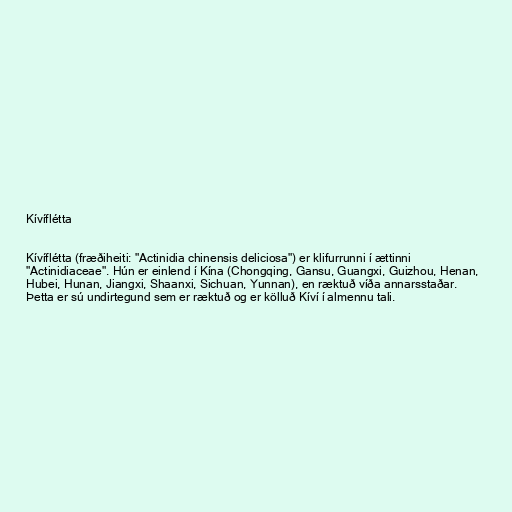
Kívíflétta

Kívíflétta (fræðiheiti: "Actinidia chinensis deliciosa") er klifurrunni í ættinni
"Actinidiaceae". Hún er einlend í Kína (Chongqing, Gansu, Guangxi, Guizhou, Henan,
Hubei, Hunan, Jiangxi, Shaanxi, Sichuan, Yunnan), en ræktuð víða annarsstaðar.
Þetta er sú undirtegund sem er ræktuð og er kölluð Kíví í almennu tali.